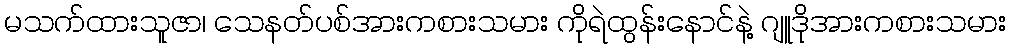
မသက်ထားသူဇာ၊ သေနတ်ပစ်အားကစားသမား ကိုရဲထွန်းနောင်နဲ့ ဂျူဒိုအားကစားသမား